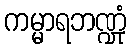
ကမ္မာရဘဏ္ဍုံ